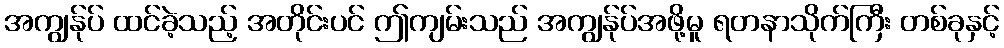
အကျွန်ုပ် ထင်ခဲ့သည့် အတိုင်းပင် ဤကျမ်းသည် အကျွန်ုပ်အဖို့မူ ရတနာသိုက်ကြီး တစ်ခုနှင့်